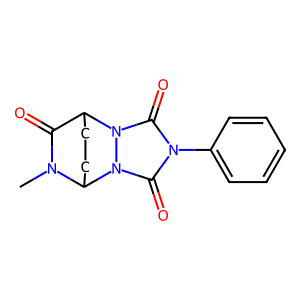
SMILES: CN1C(=O)C2CCC1n1c(=O)n(-c3ccccc3)c(=O)n12
Inhibits HIV replication: No